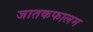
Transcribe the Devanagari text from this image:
जातकफालम